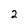
Character: 2